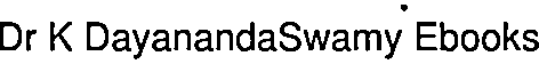
Dr K DayanandaSwamy Ebooks